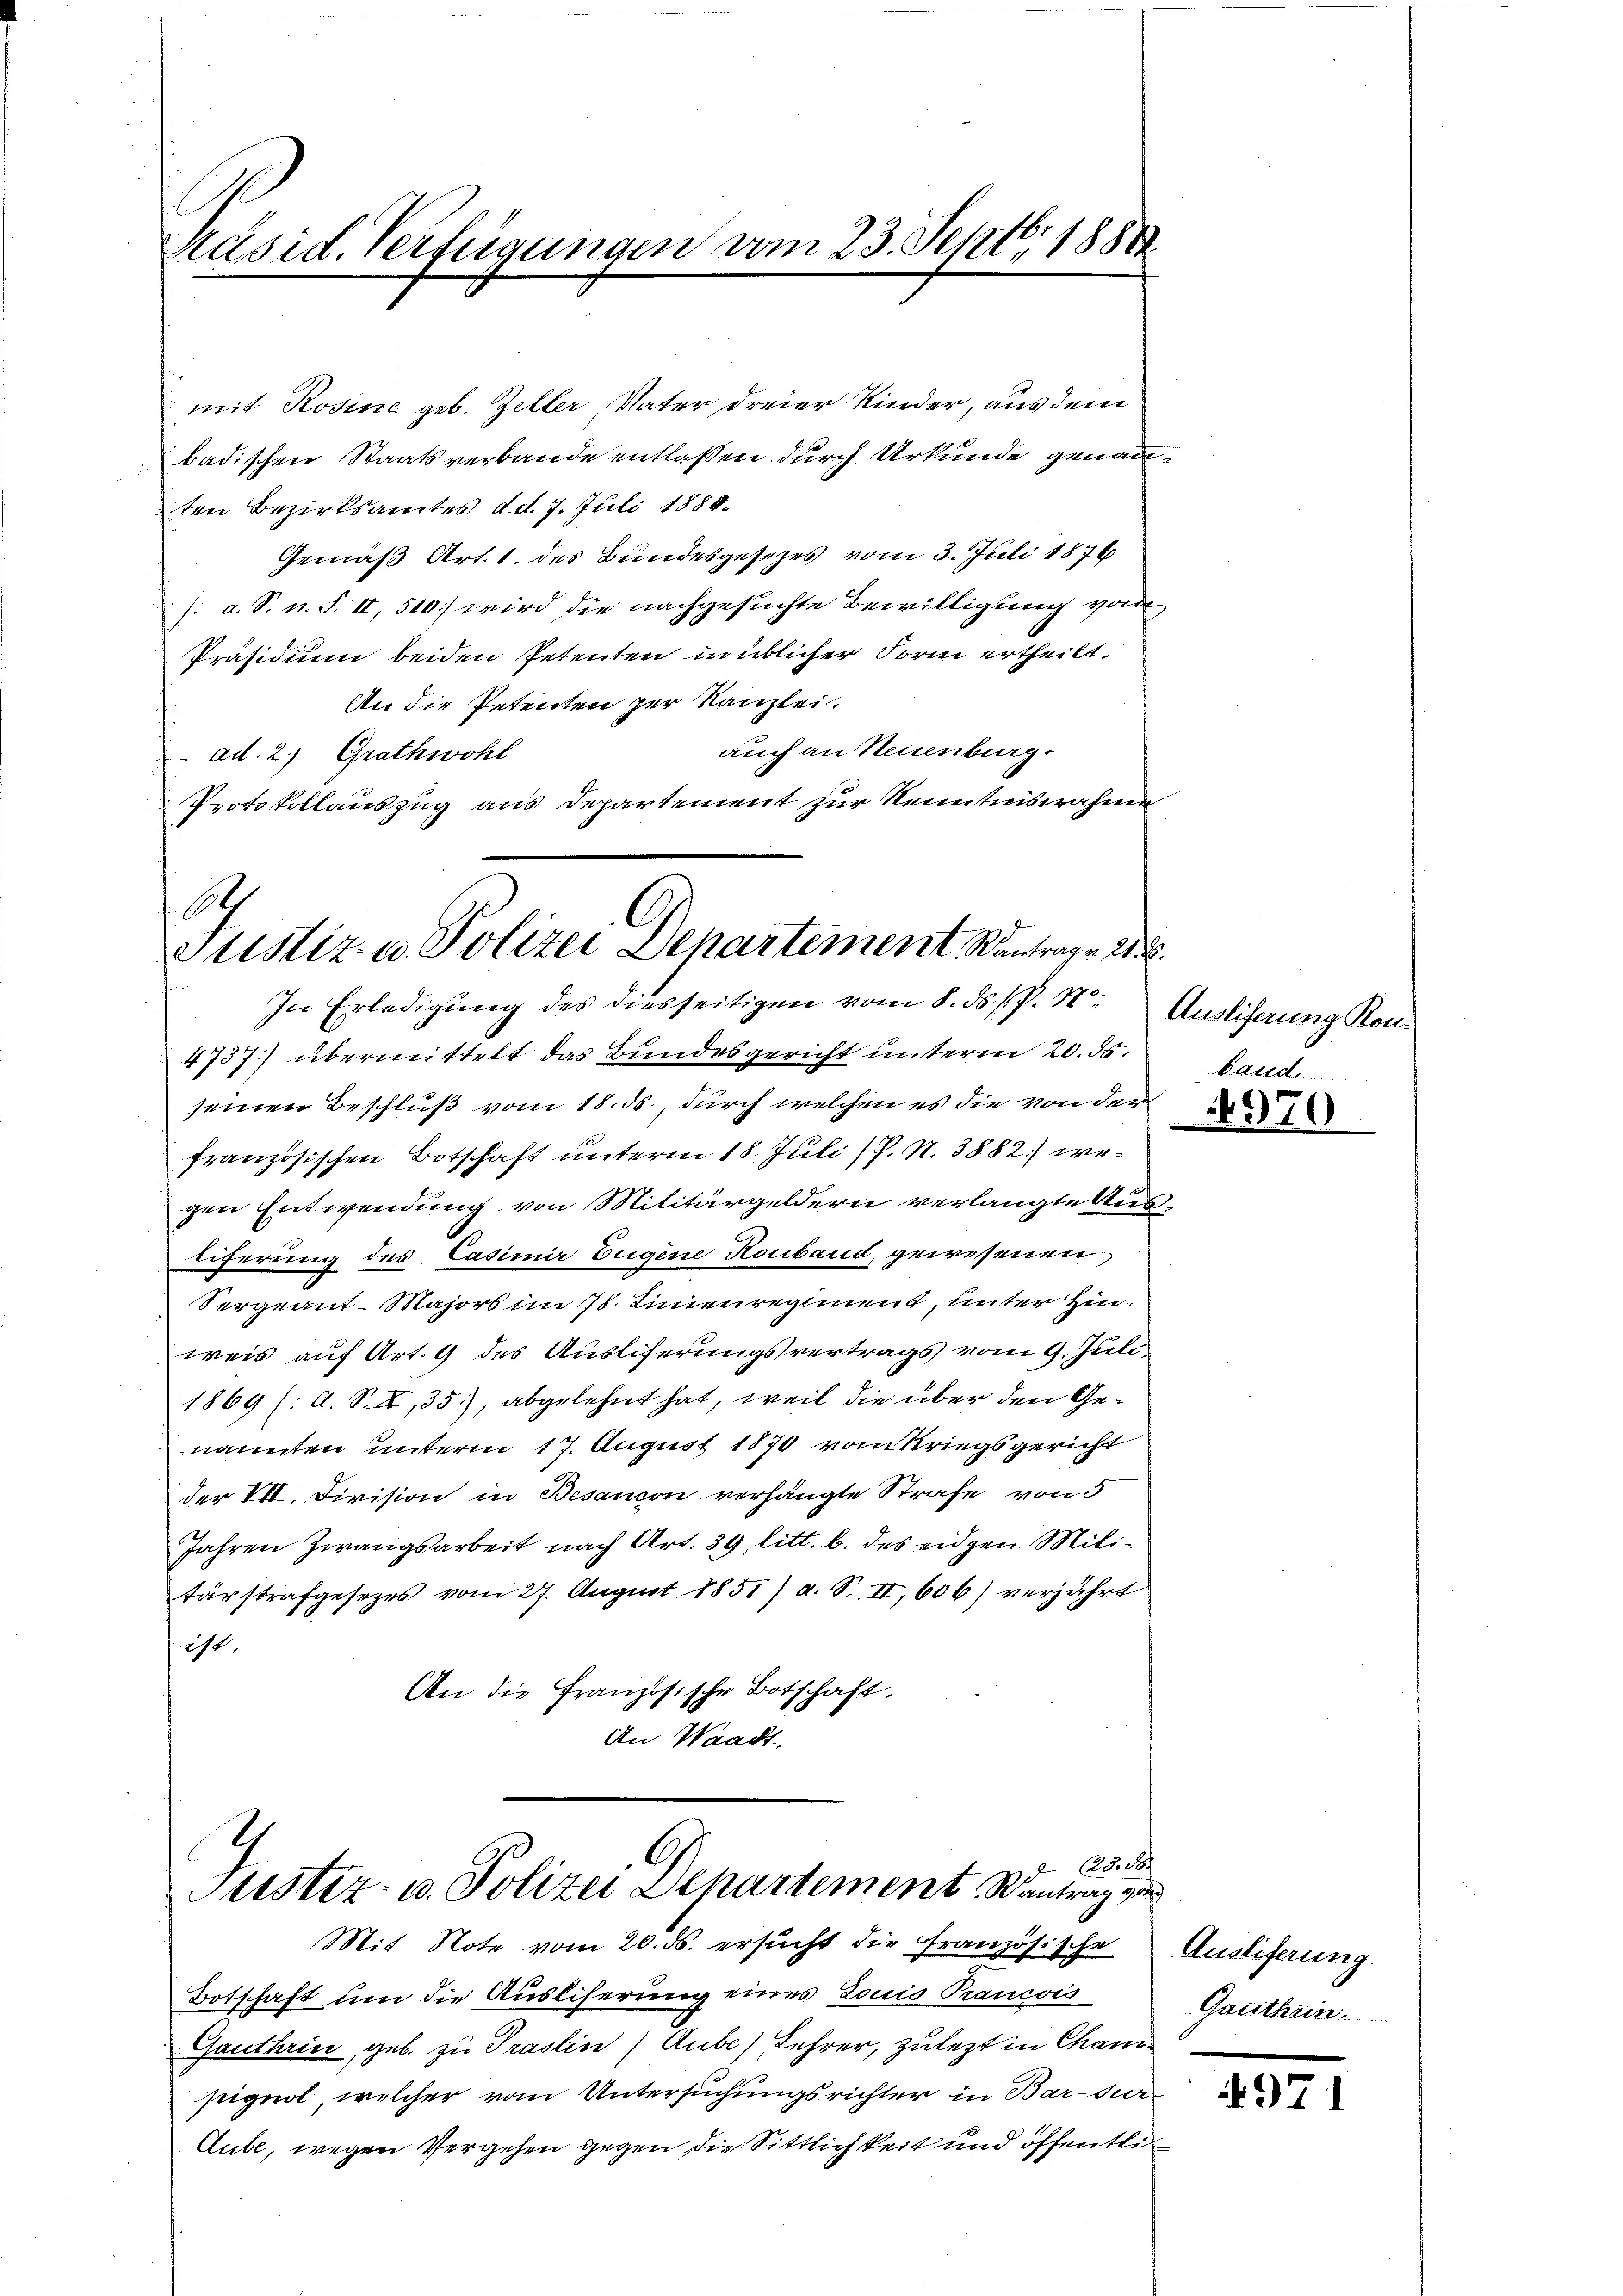
Präsid. Verfügungen vom 23. Sept. 1888

mit Rosine geb. Zeller, Vater dreier Kinder, aus dem
badischen Staatsverbande entlassen durch Urkunde genannten Bezirksamtes d. d. 7. Juli 1888.
Gemäß Art. 1. des Bundesgesezes vom 3. Juli 1876
/: a. S. n. F. II, 510] wird die nachgesuchte Bewilligung von
Präsidium beiden Petenten in üblicher Form ertheilt.
An die Petenten zur Kanzlei.
auch an Neuenburg.
ad. 2.) Grathwohl
Protokollauszug aus Departement zur Kenntnisnahme

6
Justiz- u. Polizei Departement Kantrage 2.
In Erledigung des diesseitigen vom 8. ds. P. Nr. Ausliferung Kon-

4737] übermittelt das Bundesgericht unterm 20. ds.
seinen Beschluß vom 18. ds., durch welchen es die von der
französischen Botschaft unterm 18. Juli (P. N. 3882 wegen Entwendung von Militärgeldern verlangte Austiferung des Casimir Eugene Konband, gewesenen
Sergeant-Majors im 78. Linienregiment, unter Hinweis auf Art. 9 des Auslieferungsvertrags vom 9. Juli
1869 (: A. S., 35), abgelehnt hat, weil die über den Genannten unterm 17. August 1870 vom Kriegsgericht
der VII. Division in Besancon verhängte Strafe von 5
Jahren Zwangsarbeit nach Art. 39, litt. b. des eidgen. Militärstrafgesetzes vom 27. August 1851) a. S. II, 606) verjährt
ist.
An die Französische Botschaft.
An Waadt.

4
A
 25. d
Justiz- u. Polizei Separtement Santrag von

Mit Note vom 20. ds. ersucht die Französische
Botschaft um die Ausliserung eines Louis Rancois
Ganthrin, geb. zu Prastin) Aube) Lehrer, zulezt in Chanipignol, welcher vom Untersuchungsrichter in Bar-Jur
Aube, wegen Vergehen gegen die Sittlichkeit und öffentlic

baud.

Auslieferung
Ganthrin.

4971